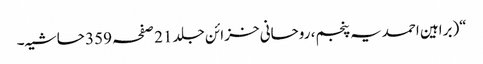
“(براہین احمدیہ پنجم، روحانی خزائن جلد 21 صفحہ 359 حاشیہ۔